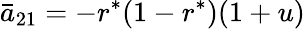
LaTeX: \bar{a}_{21}=-r^{*}(1-r^{*})(1+u)